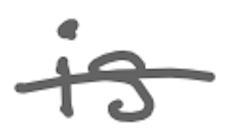
Text: is
Cross-out: single-line
Writing tool: digital_gray